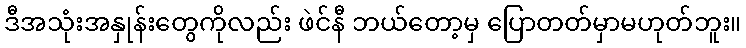
ဒီအသုံးအနှုန်းတွေကိုလည်း ဖဲင်နီ ဘယ်တော့မှ ပြောတတ်မှာမဟုတ်ဘူး။